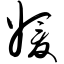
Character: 媛